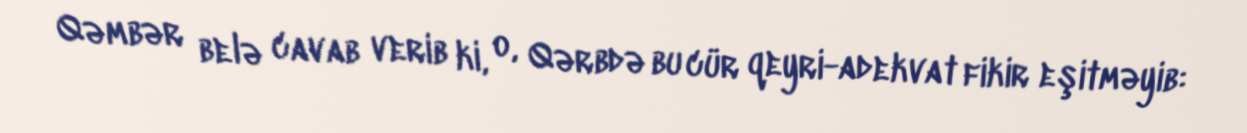
Qəmbər belə cavab verib ki, o, Qərbdə bu cür qeyri-adekvat fikir eşitməyib: